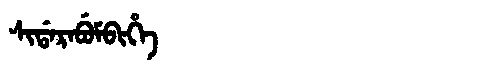
Manchu: ᠰᡳᡩᠠᡵᠠᠪᡠᠮᠪᡳᡥᡝ
Romanization: SIDARABUMBIHE